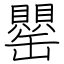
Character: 罌